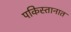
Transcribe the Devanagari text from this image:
पकिस्तानात